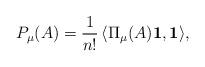
LaTeX: \begin{align*} P_\mu(A)=\frac 1{n!}\, \langle\Pi_\mu(A) \mathbf{1},\mathbf{1}\rangle ,\end{align*}